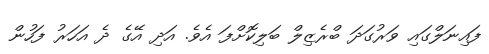
ފައިނަލްގައި ވަރުގަދަ ބްރެޒިލް ބަލިކޮށްފަ އެވެ. އަދި އޭގެ ދެ އަހަރު ފަހުން